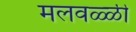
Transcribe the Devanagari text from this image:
मलवळ्ळी